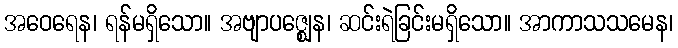
အဝေရေန၊ ရန်မရှိသော။ အဗျာပဇ္ဈေန၊ ဆင်းရဲခြင်းမရှိသော။ အာကာသသမေန၊